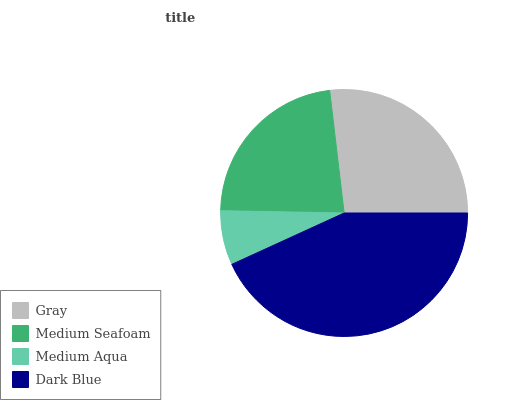
| Gray | Medium Seafoam | Medium Aqua | Dark Blue |
 | --- | --- | --- | --- |
 | 26.9% | 22.9% | 7.11% | 43.1% |